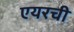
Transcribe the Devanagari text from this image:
एयरची